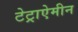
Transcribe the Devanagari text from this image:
टेट्राऐमीन